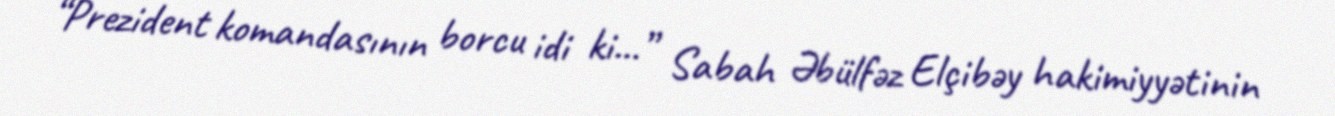
“Prezident komandasının borcu idi ki...” Sabah Əbülfəz Elçibəy hakimiyyətinin